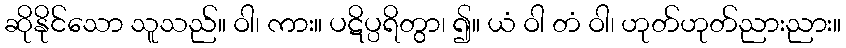
ဆိုနိုင်သော သူသည်။ ဝါ၊ ကား။ ပဋိပ္ပရိတွာ၊ ၍။ ယံ ဝါ တံ ဝါ၊ ဟုတ်ဟုတ်ညားညား။